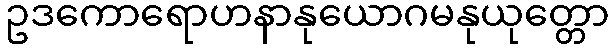
ဥဒကောရောဟနာနုယောဂမနုယုတ္တော